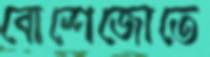
বোশেজোতে